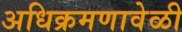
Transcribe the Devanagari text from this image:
अधिक्रमणावेळी